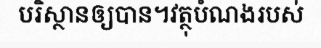
បរិស្ថានឲ្យបាន។វត្ថុបំណងរបស់